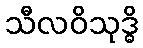
သီလဝိသုဒ္ဓိ